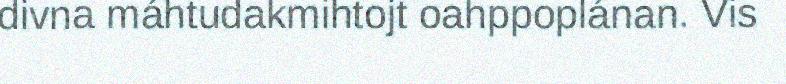
divna máhtudakmihtojt oahppoplánan. Vis